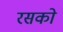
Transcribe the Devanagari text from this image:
रसको